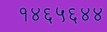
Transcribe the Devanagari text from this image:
१४६५६४४